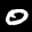
Label: 0